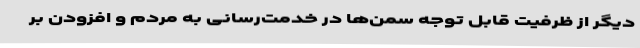
دیگر از ظرفیت قابل توجه سمن‌ها در خدمت‌رسانی به مردم و افزودن بر